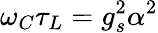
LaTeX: \omega_{C}\tau_{L}=g_{s}^{2}\alpha^{2}